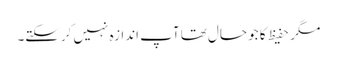
مگر حفیظ کا جو حال تھا آپ اندازہ نہیں کرسکتے۔